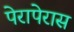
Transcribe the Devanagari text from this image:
पेरापेरास